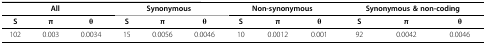
| <COLSPAN=3> All | <COLSPAN=3> Synonymous | <COLSPAN=3> Non-synonymous | <COLSPAN=3> Synonymous & non-coding |
 | S | π | θ | S | π | θ | S | π | θ | S | π | θ |
 | --- | --- | --- | --- | --- | --- | --- | --- | --- | --- | --- | --- |
 | 102 | 0.003 | 0.0034 | 15 | 0.0056 | 0.0046 | 10 | 0.0012 | 0.001 | 92 | 0.0042 | 0.0046 |